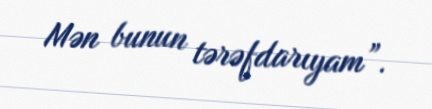
Mən bunun tərəfdarıyam”.